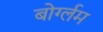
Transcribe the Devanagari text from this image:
बोर्ग्लम